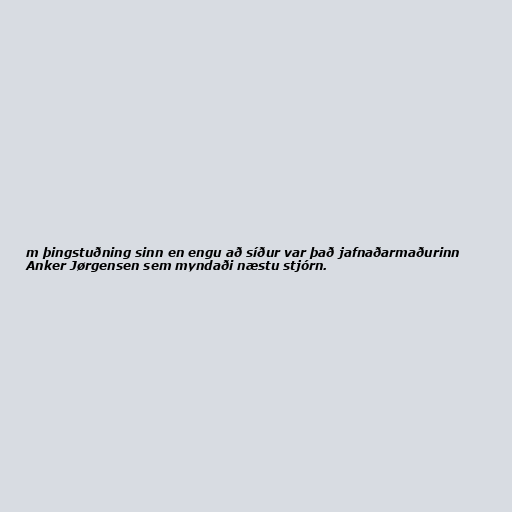
m þingstuðning sinn en engu að síður var það jafnaðarmaðurinn
Anker Jørgensen sem myndaði næstu stjórn.